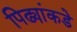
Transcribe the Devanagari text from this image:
पिढ्यांकडे